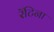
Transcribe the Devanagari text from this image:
रॅटिना